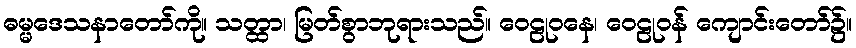
ဓမ္မဒေသနာတော်ကို။ သတ္ထာ၊ မြတ်စွာဘုရားသည်။ ဝေဠုဝနေ၊ ဝေဠုဝန် ကျောင်းတော်၌။